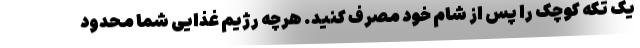
یک تکه کوچک را پس از شام خود مصرف کنید. هرچه رژیم غذایی شما محدود